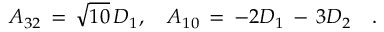
{ \cal A } _ { 3 2 } \, = \, \sqrt { 1 0 } \, D _ { 1 } , \quad { \cal A } _ { 1 0 } \, = \, - 2 D _ { 1 } \, - \, 3 D _ { 2 } \quad .